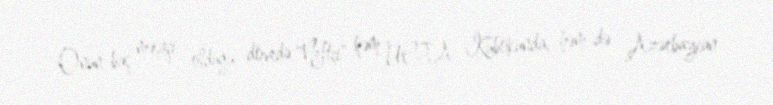
Onun baş məşqçi olduğu dövrdə "Neftçi" həm UEFA Kubokunda, həm də Azərbaycan